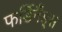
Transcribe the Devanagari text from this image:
फर्डिनैंड्स